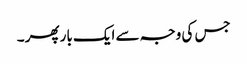
جس کی وجہ سے ایک بار پھر ۔